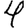
Digit: 4